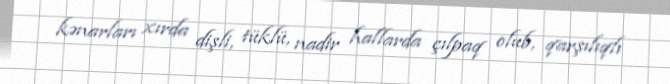
kənarları xırda dişli, tüklü, nadir hallarda çılpaq olub, qarşılıqlı